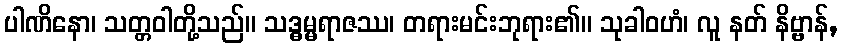
ပါဏိနော၊ သတ္တဝါတို့သည်။ သဒ္ဓမ္မရာဇဿ၊ တရားမင်းဘုရား၏။ သုခါဝဟံ၊ လူ နတ် နိဗ္ဗာန်,